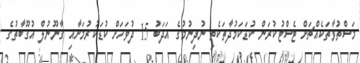
މަސްތުވާތަކެއްޗަށް ޓެސްޓުކުރަން ކުޑަކަމުދާތަކެތި ނުދިނުމުގެ އަދަބު 15 ދުވަހަށް ކުޑަކުރުމަށާއި ގާނޫނުލް އުގޫބާތުގެ